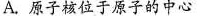
A.原子核位于原子的中心